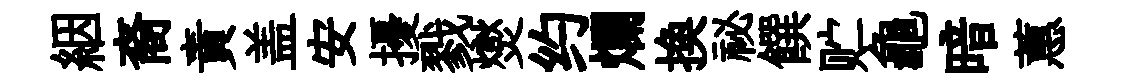
絪裔責盖安擾戮爕约爛换祕饌贮龜暗蕙